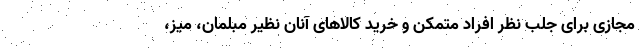
مجازی برای جلب نظر افراد متمکن و خرید کالاهای آنان نظیر مبلمان، میز،